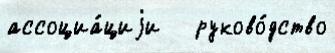
ассоциа́циjи   руково́дство